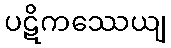
ပဋိကဿေယျ